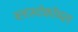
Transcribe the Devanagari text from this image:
ब्लास्टोकॉयल